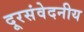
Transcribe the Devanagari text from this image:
दूरसंवेदनीय